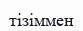
тізіммен